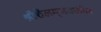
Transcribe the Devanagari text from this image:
श्रीशैलम्‌जवळील